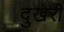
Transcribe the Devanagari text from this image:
दुखरी